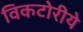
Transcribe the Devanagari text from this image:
विकटोरीये